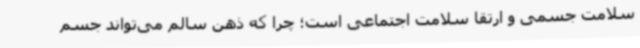
سلامت جسمی و ارتقا سلامت اجتماعی است؛ چرا که ذهن سالم می‌تواند جسم